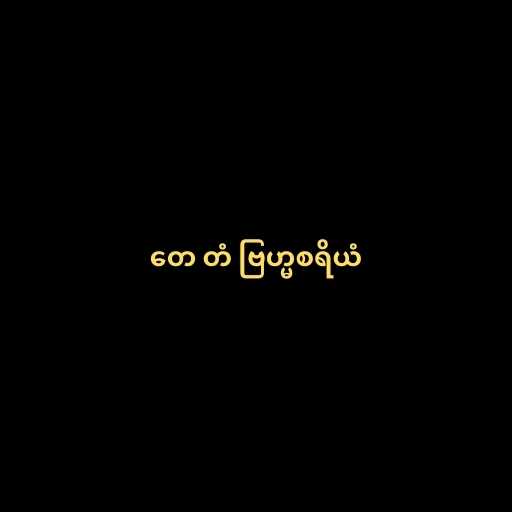
တေ တံ ဗြဟ္မစရိယံ